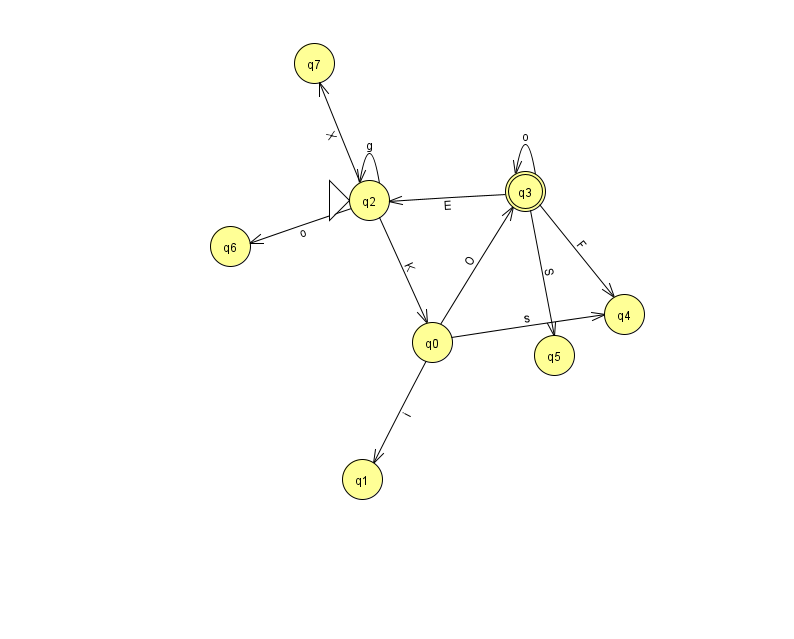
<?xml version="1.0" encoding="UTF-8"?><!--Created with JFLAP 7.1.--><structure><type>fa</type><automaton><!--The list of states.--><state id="0" name="q0"><x>432.0</x><y>329.0</y></state><state id="1" name="q1"><x>362.0</x><y>466.0</y></state><state id="2" name="q2"><x>369.0</x><y>187.0</y><initial/></state><state id="3" name="q3"><x>525.0</x><y>178.0</y><final/></state><state id="4" name="q4"><x>624.0</x><y>301.0</y></state><state id="5" name="q5"><x>554.0</x><y>342.0</y></state><state id="6" name="q6"><x>230.0</x><y>233.0</y></state><state id="7" name="q7"><x>314.0</x><y>50.0</y></state><!--The list of transitions.--><transition><from>0</from><to>1</to><read>i</read></transition><transition><from>2</from><to>7</to><read>X</read></transition><transition><from>3</from><to>4</to><read>F</read></transition><transition><from>3</from><to>5</to><read>S</read></transition><transition><from>0</from><to>3</to><read>O</read></transition><transition><from>2</from><to>2</to><read>g</read></transition><transition><from>2</from><to>6</to><read>o</read></transition><transition><from>3</from><to>2</to><read>E</read></transition><transition><from>2</from><to>0</to><read>K</read></transition><transition><from>0</from><to>4</to><read>s</read></transition><transition><from>3</from><to>3</to><read>o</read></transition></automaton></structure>